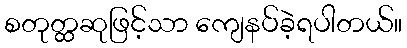
စတုတ္ထဆုဖြင့်သာ ကျေနပ်ခဲ့ရပါတယ်။